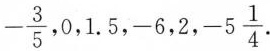
-\frac{3}{5},0,1.5,-6,2,-5 \frac{1}{4}